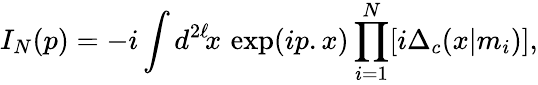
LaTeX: I_{N}(p)=-i\int d^{2\ell}\! x\, \exp(ip.x)\prod_{i=1}^{N}[i\Delta_{c}(x|m_{i})],